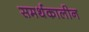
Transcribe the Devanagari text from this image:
समर्थकालीन